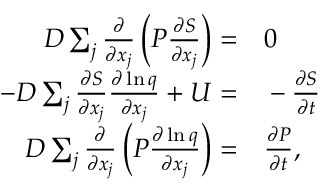
\begin{array} { r l } { D \sum _ { j } \frac { \partial } { \partial x _ { j } } \left( P \frac { \partial S } { \partial x _ { j } } \right) = } & { { } 0 } \\ { - D \sum _ { j } \frac { \partial S } { \partial x _ { j } } \frac { \partial \ln q } { \partial x _ { j } } + U = } & { { } - \frac { \partial S } { \partial t } } \\ { D \sum _ { j } \frac { \partial } { \partial x _ { j } } \left( P \frac { \partial \ln q } { \partial x _ { j } } \right) = } & { { } \frac { \partial P } { \partial t } , } \end{array}